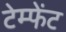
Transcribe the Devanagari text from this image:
टेम्फेंट